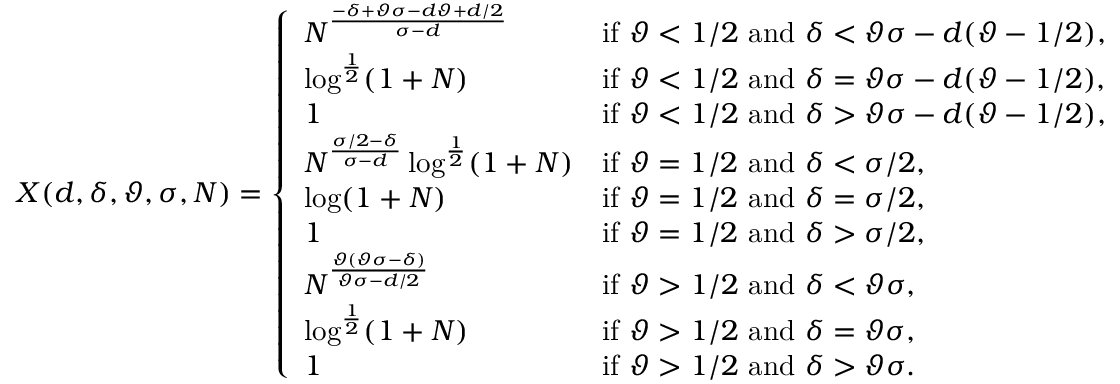
\begin{array} { r l } & { X ( d , \delta , \vartheta , \sigma , N ) = \left\{ \begin{array} { l l } { N ^ { \frac { - \delta + \vartheta \sigma - d \vartheta + d / 2 } { \sigma - d } } } & { \mathrm { i f ~ } \vartheta < 1 / 2 \mathrm { ~ a n d ~ } \delta < \vartheta \sigma - d ( \vartheta - 1 / 2 ) , } \\ { \log ^ { \frac 1 2 } ( 1 + N ) } & { \mathrm { i f ~ } \vartheta < 1 / 2 \mathrm { ~ a n d ~ } \delta = \vartheta \sigma - d ( \vartheta - 1 / 2 ) , } \\ { 1 } & { \mathrm { i f ~ } \vartheta < 1 / 2 \mathrm { ~ a n d ~ } \delta > \vartheta \sigma - d ( \vartheta - 1 / 2 ) , } \\ { N ^ { \frac { \sigma / 2 - \delta } { \sigma - d } } \log ^ { \frac 1 2 } ( 1 + N ) } & { \mathrm { i f ~ } \vartheta = 1 / 2 \mathrm { ~ a n d ~ } \delta < \sigma / 2 , } \\ { \log ( 1 + N ) } & { \mathrm { i f ~ } \vartheta = 1 / 2 \mathrm { ~ a n d ~ } \delta = \sigma / 2 , } \\ { 1 } & { \mathrm { i f ~ } \vartheta = 1 / 2 \mathrm { ~ a n d ~ } \delta > \sigma / 2 , } \\ { N ^ { \frac { \vartheta ( \vartheta \sigma - \delta ) } { \vartheta \sigma - d / 2 } } } & { \mathrm { i f ~ } \vartheta > 1 / 2 \mathrm { ~ a n d ~ } \delta < \vartheta \sigma , } \\ { \log ^ { \frac 1 2 } ( 1 + N ) } & { \mathrm { i f ~ } \vartheta > 1 / 2 \mathrm { ~ a n d ~ } \delta = \vartheta \sigma , } \\ { 1 } & { \mathrm { i f ~ } \vartheta > 1 / 2 \mathrm { ~ a n d ~ } \delta > \vartheta \sigma . } \end{array} \right. } \end{array}